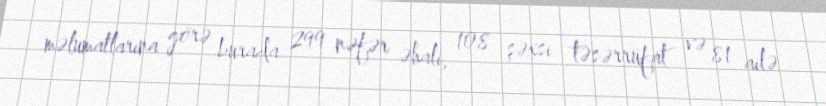
məlumatlarına görə burada 299 nəfər əhali, 108 şəxsi təsərrüfat və 81 ailə